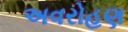
અવરોહણ